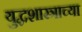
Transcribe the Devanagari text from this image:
युद्धशास्त्राच्या